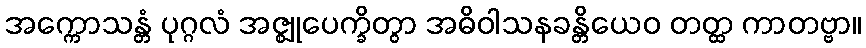
အက္ကောသန္တံ ပုဂ္ဂလံ အဇ္ဈုပေက္ခိတွာ အဓိဝါသနခန္တိယေဝ တတ္ထ ကာတဗ္ဗာ။